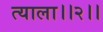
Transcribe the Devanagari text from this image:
त्याला।।२।।